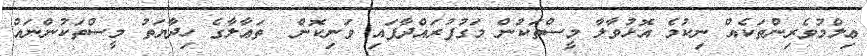
ޢިލްމުވެރިންތަކެއް ނިކުމެ އޮޅުވާލާ މީސްތަކުން މަގުފުރައްދާފައި ވަނިކޮން  ތަޢާލާގެ ހިދާޔަތު މީސްތަކުންނައް